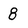
Character: 8